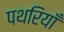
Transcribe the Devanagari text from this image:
पथरियाँ